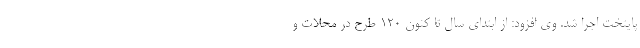
پایتخت اجرا شد. وی افزود: از ابتدای سال تا کنون ۱۲۰ طرح در محلات و